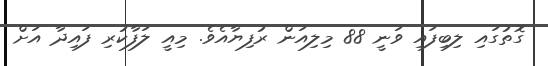
ގޮތުގައި ލިބިފައި ވަނީ 88 މިލިއަން ރުފިޔާއެވެ. މިއީ ލަފާކުރި ފައިދާ އަށް